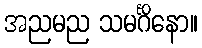
အညမည သမင်္ဂိနော။